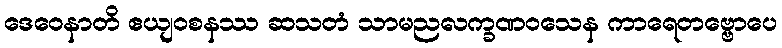
ဒေဝေနာတိ ဧယျဝစနဿ ဆသတံ သာမညလက္ခဏဝသေန ကာရေတဗ္ဗောပေ